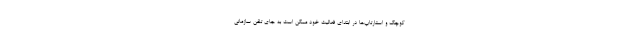
کوچک و استارتاپ‌ها در ابتدای فعالیت خود ممکن است به جای تلفن سازمانی